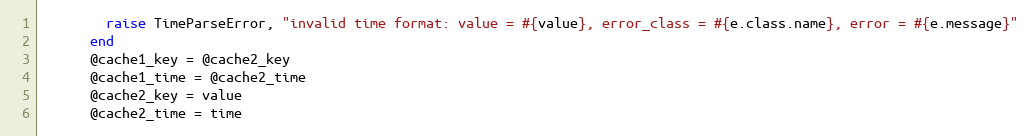
Language: Ruby
        raise TimeParseError, "invalid time format: value = #{value}, error_class = #{e.class.name}, error = #{e.message}"
      end
      @cache1_key = @cache2_key
      @cache1_time = @cache2_time
      @cache2_key = value
      @cache2_time = time